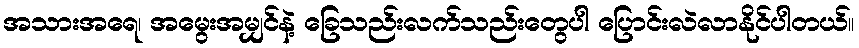
အသားအရေ၊ အမွေးအမျှင်နဲ့ ခြေသည်းလက်သည်းတွေပါ ပြောင်းလဲလာနိုင်ပါတယ်။